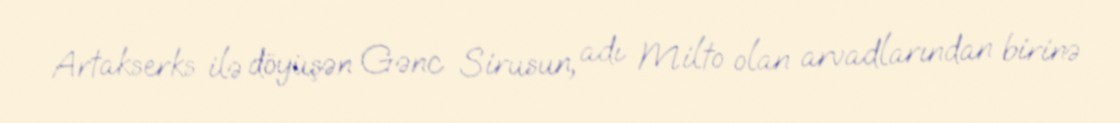
Artakserks ilə döyüşən Gənc Sirusun, adı Milto olan arvadlarından birinə